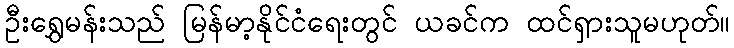
ဦးရွှေမန်းသည် မြန်မာ့နိုင်ငံရေးတွင် ယခင်က ထင်ရှားသူမဟုတ်။